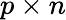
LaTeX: p\times n